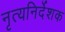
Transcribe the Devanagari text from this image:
नृत्यनिर्देशक